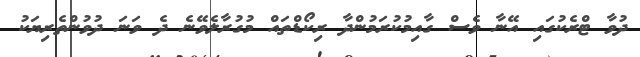
ދުވާ ޓްރެކުގައި އޭނާ ވެސް ގާއިމުކުރަމުންދާ ރިކޯޑްތައް މުގުރާލެވޭނެ ދެ ވަނަ ދުވުންތެރިޔަކު